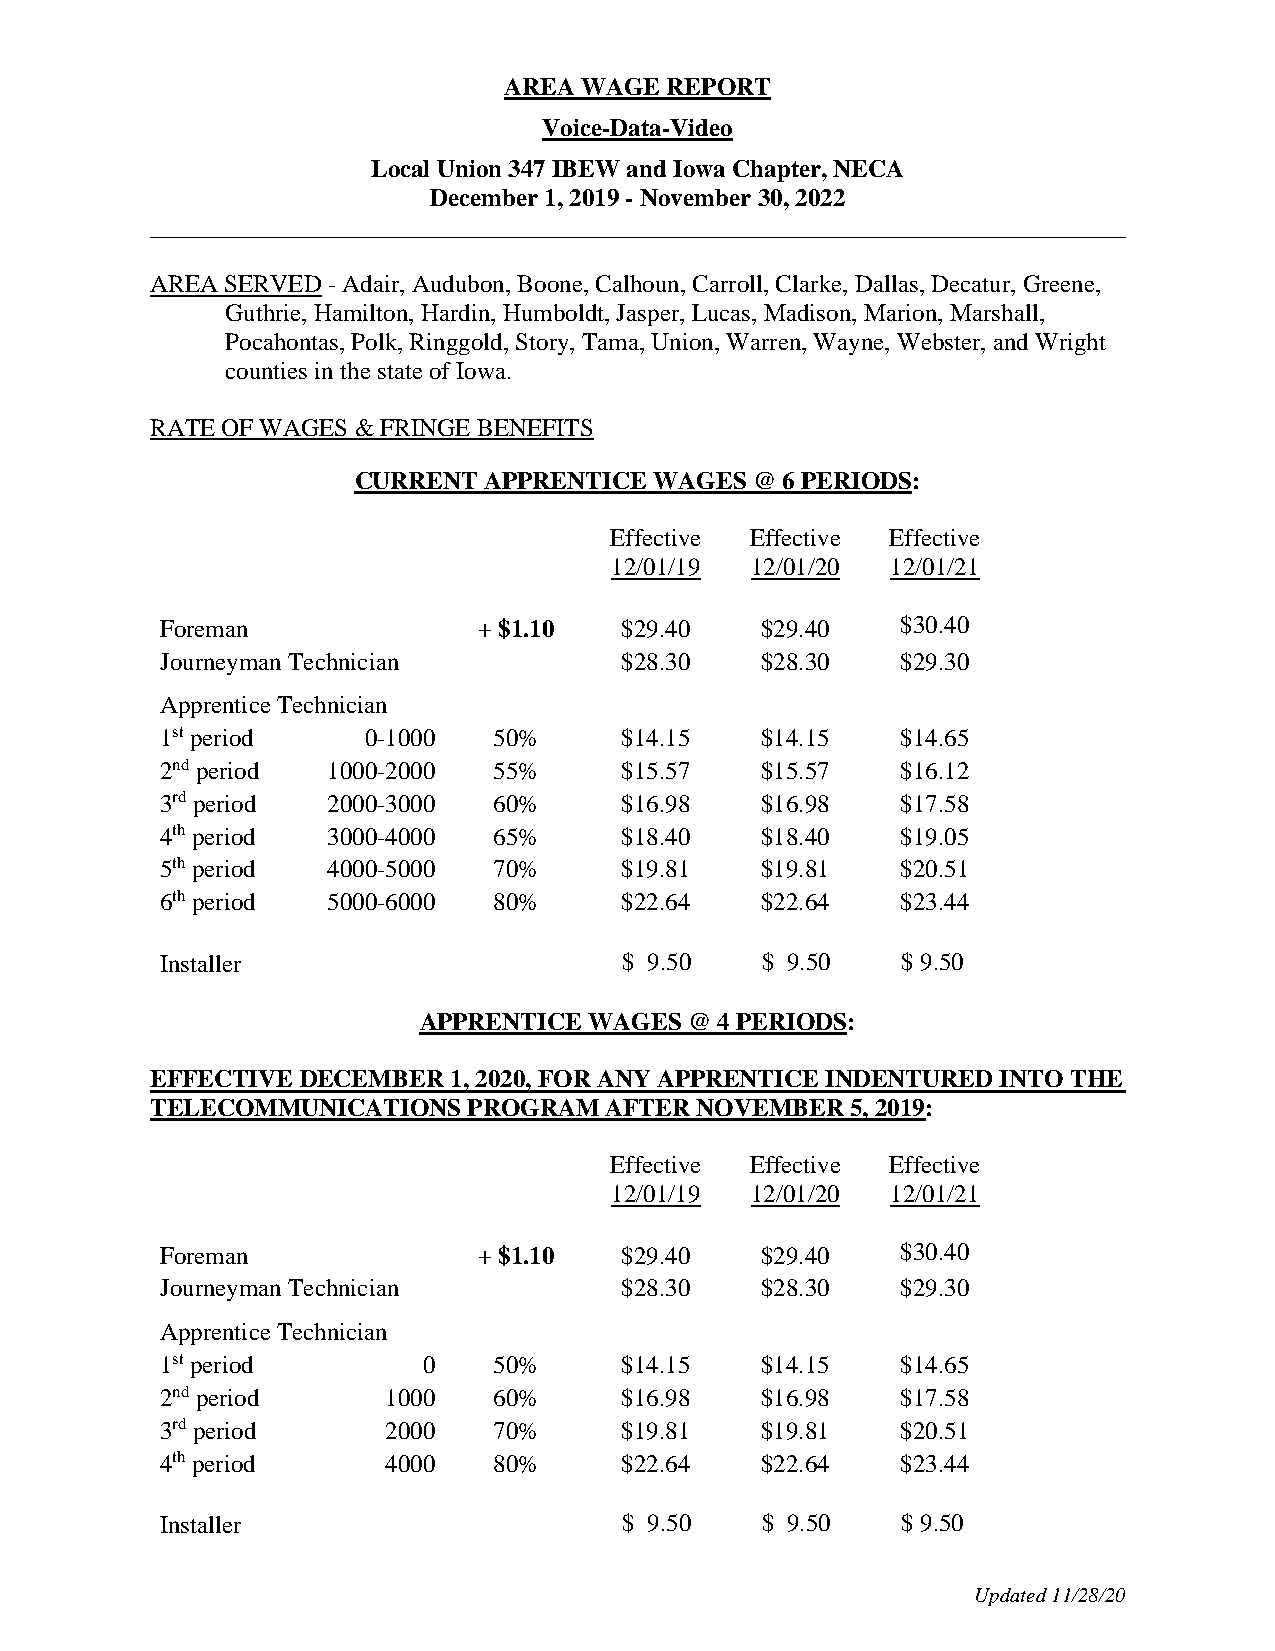
AREA WAGE  REPORT
 Voice-Data-Video
 Local Union 347 IBEW and Iowa Chapter, NECA
 December 1, 2019 - November 30, 2022
 ______________________________________________________________________________
 AREA SERVED - Adair, Audubon, Boone, Calhoun, Carroll, Clarke, Dallas, Decatur, Greene,
 Guthrie, Hamilton, Hardin, Humboldt, Jasper, Lucas, Madison, Marion, Marshall,
 Pocahontas, Polk, Ringgold, Story, Tama, Union, Warren, Wayne, Webster, and Wright
 counties in the state of Iowa.
 RATE OF WAGES & FRINGE BENEFITS
 CURRENT  APPRENTICE WAGES  @ 6 PERIODS:
 Effective Effective Effective
 12/01/19  12/01/20 12/01/21
 Foreman              + $1.10  $29.40   $29.40    $30.40
 Journeyman Technician         $28.30   $28.30    $29.30
 Apprentice Technician
 1st period   0-1000   50%     $14.15   $14.15    $14.65
 2nd period 1000-2000  55%     $15.57   $15.57    $16.12
 3rd period 2000-3000  60%     $16.98   $16.98    $17.58
 4th period 3000-4000  65%     $18.40   $18.40    $19.05
 5th period 4000-5000  70%     $19.81   $19.81    $20.51
 6th period 5000-6000  80%     $22.64   $22.64    $23.44
 Installer                     $ 9.50   $ 9.50    $ 9.50
 APPRENTICE WAGES  @ 4 PERIODS:
 EFFECTIVE DECEMBER  1, 2020, FOR ANY APPRENTICE INDENTURED INTO THE
 TELECOMMUNICATIONS   PROGRAM  AFTER NOVEMBER  5, 2019:
 Effective Effective Effective
 12/01/19  12/01/20 12/01/21
 Foreman              + $1.10  $29.40   $29.40    $30.40
 Journeyman Technician         $28.30   $28.30    $29.30
 Apprentice Technician
 1st period       0    50%     $14.15   $14.15    $14.65
 2nd period     1000   60%     $16.98   $16.98    $17.58
 3rd period     2000   70%     $19.81   $19.81    $20.51
 4th period     4000   80%     $22.64   $22.64    $23.44
 Installer                     $ 9.50   $ 9.50    $ 9.50
 Updated 11/28/20